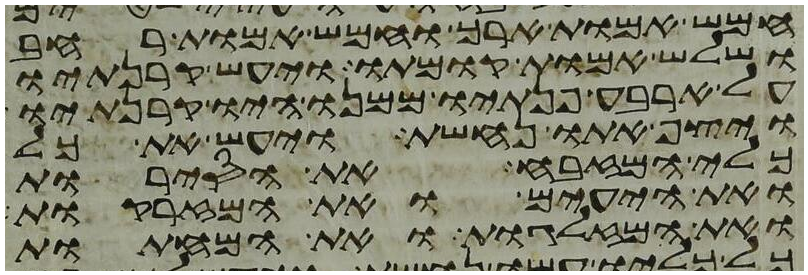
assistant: חמש אמות ארך וחמש אמות רחב
ושלש אמות קומתו ויעש קרנתיו
על ארבע פנתיו ממנו היו קרנתיו
ויצף אתו נחשת ויעש את כל
כלי המזבח את הסירות
ואת היעים ואת המזרקות
ואת המזלגות ואת המחתות